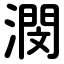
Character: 潣